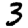
Digit: 3